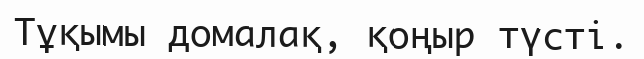
Тұқымы домалақ, қоңыр түсті.